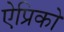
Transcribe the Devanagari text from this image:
ऐप्रिको